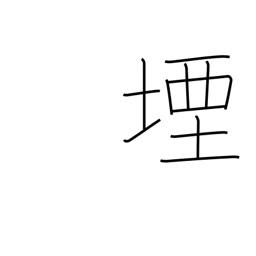
Meaning: stop up